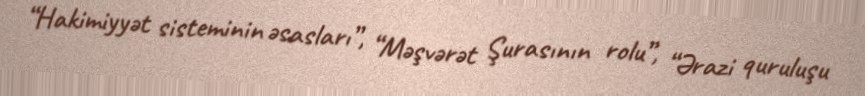
“Hakimiyyət sisteminin əsasları”, “Məşvərət Şurasının rolu”, “Ərazi quruluşu